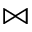
\Join